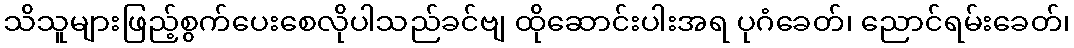
သိသူများဖြည့်စွက်ပေးစေလိုပါသည်ခင်ဗျ ထိုဆောင်းပါးအရ ပုဂံခေတ်၊ ညောင်ရမ်းခေတ်၊